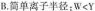
B.简单离子半径：$$W < Y$$